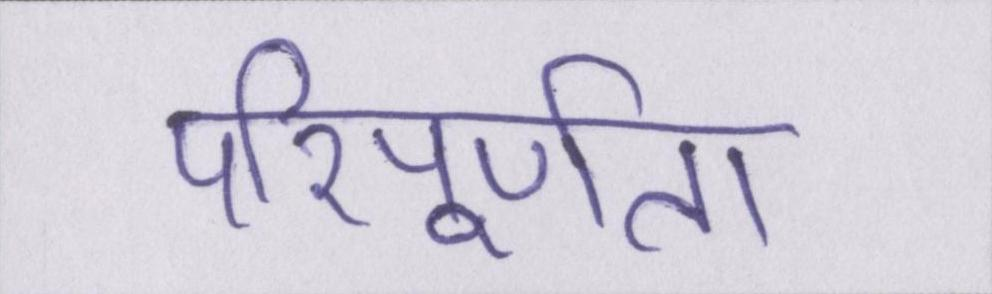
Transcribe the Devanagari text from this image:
परिपूर्णता